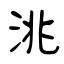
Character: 洮